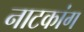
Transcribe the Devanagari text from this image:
नाटकांग